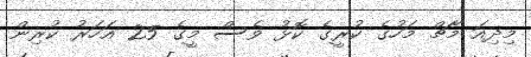
މިދިއަ މާޗް މަހުގެ ކުރީގެ ކޮޅު ވެސް މީގެ 25 އަހަރު ކުރިން